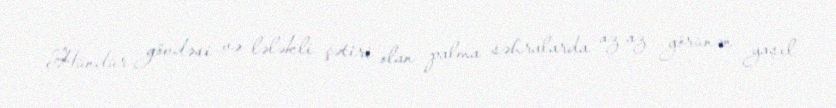
Hündür gövdəsi və lələkli çətiri olan palma səhralarda az-az görünən yaşıl